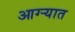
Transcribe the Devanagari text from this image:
आग्ऱ्यात